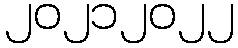
၂၀၂၁၂၀၂၂